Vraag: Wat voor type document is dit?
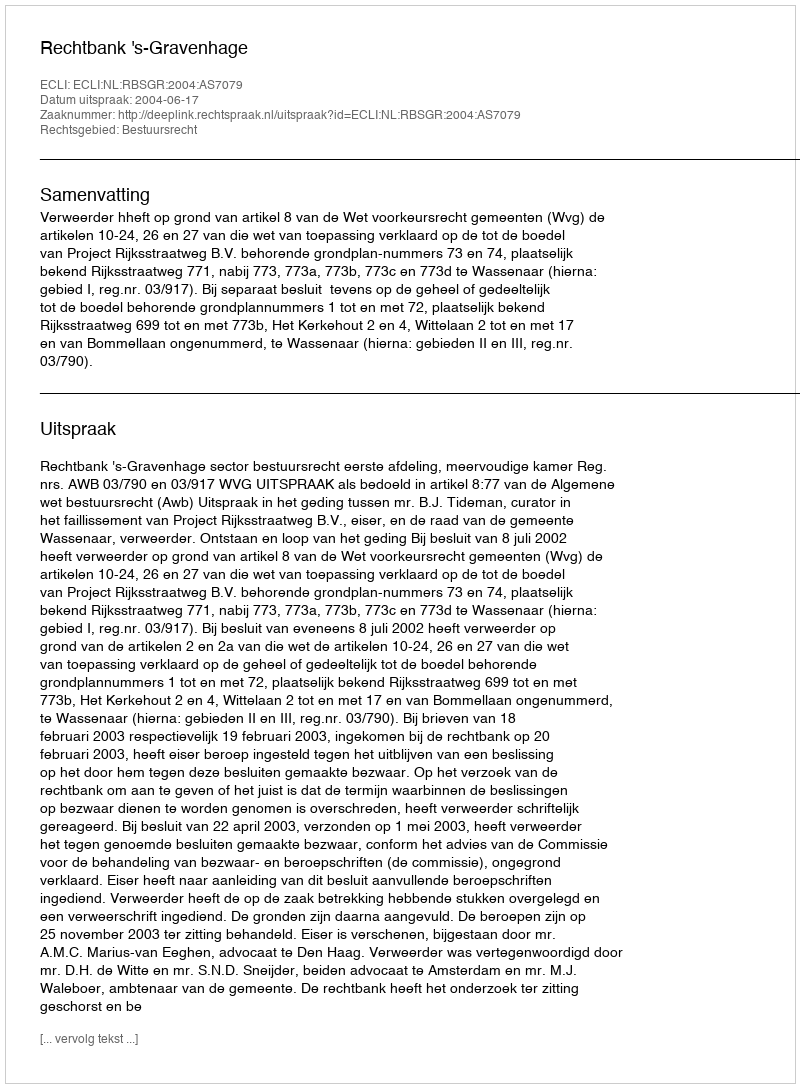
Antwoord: Uitspraak